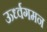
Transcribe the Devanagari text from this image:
ऊर्ध्वगमन